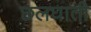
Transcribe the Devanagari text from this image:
छलघाती